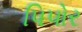
પિપોર